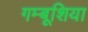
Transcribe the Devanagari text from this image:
गम्बूशिया